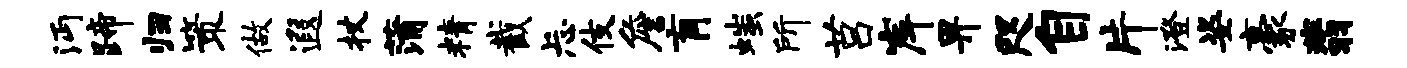
沔蹄归策做遐杖蒲精截忐伎詹肓嗤所莒岸畀咫自片澄姿豪翡